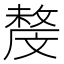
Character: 𣁟